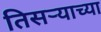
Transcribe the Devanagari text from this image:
तिसर्‍याच्या